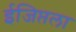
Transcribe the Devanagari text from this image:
ईजिप्तला